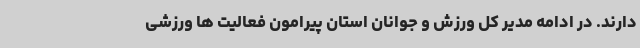
دارند. در ادامه مدیر کل ورزش و جوانان استان پیرامون فعالیت ها ورزشی